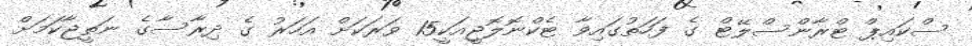
ސްކައިޕް ޓްރާންސްލޭޓް ގެ ފަހަތުގައިވާ ޓެކްނޮލޮޖީއަކީ15 ވަރަކަށް އަހަރު ގެ ދިރާސާގެ ނަތީޖާކަމަށް